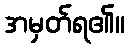
အမှတ်ရ၏။